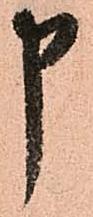
申